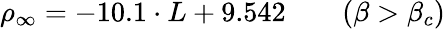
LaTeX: \rho_{\infty}=-10.1\cdot L+9.542\qquad(\beta>\beta_{c})